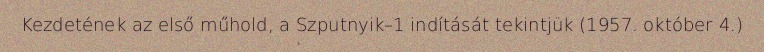
Kezdetének az első műhold, a Szputnyik–1 indítását tekintjük (1957. október 4.)